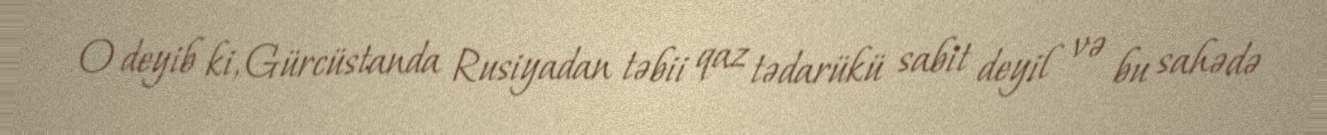
O deyib ki, Gürcüstanda Rusiyadan təbii qaz tədarükü sabit deyil və bu sahədə